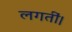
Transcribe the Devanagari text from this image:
लगतीं।